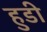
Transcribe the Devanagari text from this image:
हुडी